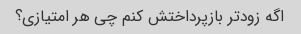
اگه زودتر بازپرداختش کنم چی هر امتیازی؟